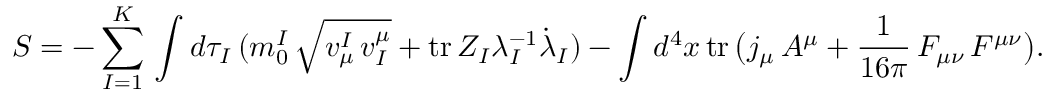
S = - \sum _ { I = 1 } ^ { K } \, \int d \tau _ { I } \, ( m _ { 0 } ^ { I } \, \sqrt { v _ { \mu } ^ { I } \, v _ { I } ^ { \mu } } + \mathrm { t r } \, Z _ { I } \lambda _ { I } ^ { - 1 } { \dot { \lambda } } _ { I } ) - \int d ^ { 4 } x \, \mathrm { t r } \, \bigl ( j _ { \mu } \, A ^ { \mu } + { \frac { 1 } { 1 6 \pi } } \, F _ { \mu \nu } \, F ^ { \mu \nu } \bigr ) .